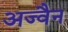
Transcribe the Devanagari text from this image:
अज्वैन